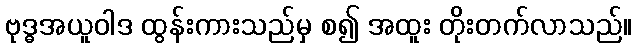
ဗုဒ္ဓအယူဝါဒ ထွန်းကားသည်မှ စ၍ အထူး တိုးတက်လာသည်။